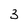
Character: 3